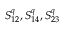
S _ { 1 2 } ^ { q } , S _ { 1 4 } ^ { q } , S _ { 2 3 } ^ { q }